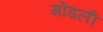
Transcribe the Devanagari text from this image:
गोंडली